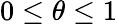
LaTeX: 0\leq\theta\leq 1